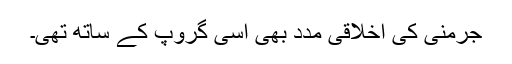
جرمنی کی اخلاقی مدد بھی اسی گروپ کے ساتھ تھی۔